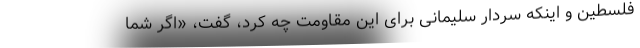
فلسطین و اینکه سردار سلیمانی برای این مقاومت چه کرد، گفت، «اگر شما